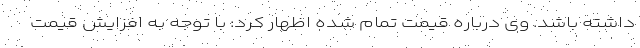
داشته باشد. وی درباره قیمت تمام شده اظهار کرد: با توجه به افزایش قیمت